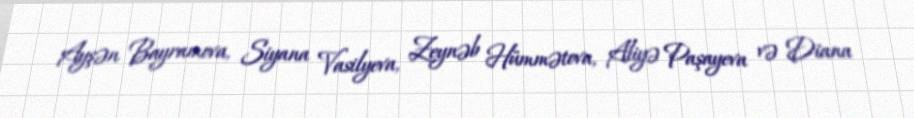
Ayşən Bayramova, Siyana Vasilyeva, Zeynəb Hümmətova, Aliyə Paşayeva və Diana